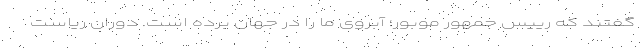
گفتند که رییس جمهور موبور؛ آبروی ما را در جهان برده است. دوران ریاست